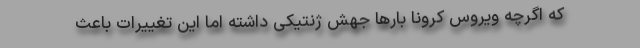
که اگرچه ویروس کرونا بارها جهش ژنتیکی داشته اما این تغییرات باعث